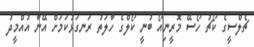
ޗެލްސީގެ ކޯޗު ހޯސޭ މޮރީނިއޯ ބުނީ ކޯލްގެ ހާލަތު ރަނގަޅުކަމަށް އޭނާ އުއްމީދު